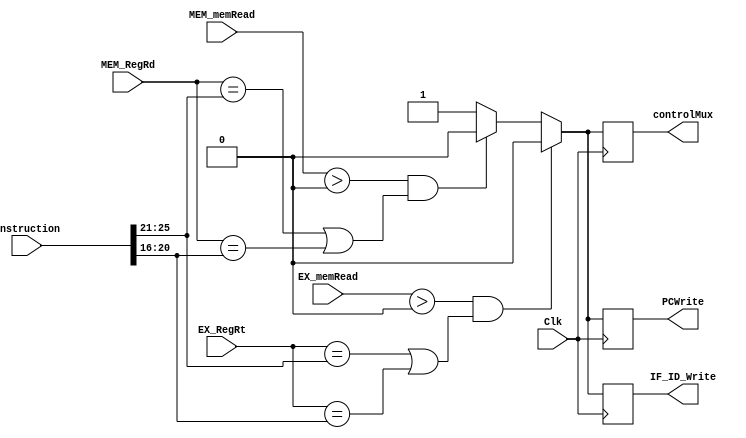
`timescale 1ns / 1ps
//////////////////////////////////////////////////////////////////////////////////
// Company: 
// Engineer: 
// 
// Design Name: 
// Module Name: Hazard
// Project Name: 
// Target Devices: 
// Tool Versions: 
// Description: 
// 
// Dependencies: 
// 
// Revision:
// Revision 0.01 - File Created
// Additional Comments:
// 
//////////////////////////////////////////////////////////////////////////////////


module Hazard(Clk, Instruction, EX_memRead, MEM_memRead, PCWrite, EX_RegRt, MEM_RegRd, IF_ID_Write, controlMux);
    input [31:0] Instruction;
    input [4:0] EX_RegRt, MEM_RegRd;
    input [1:0] EX_memRead, MEM_memRead;
    input Clk;
    
    output reg PCWrite, IF_ID_Write, controlMux;
 
    always @ (negedge Clk) begin
        if(EX_memRead > 0 && (EX_RegRt == Instruction[25:21] || EX_RegRt == Instruction[20:16])) begin
            PCWrite <= 0;
            IF_ID_Write <= 0;
            controlMux <= 0;
        end
        else if(MEM_memRead > 0 && (MEM_RegRd == Instruction[25:21] || MEM_RegRd == Instruction[20:16])) begin
              PCWrite <= 0;
              IF_ID_Write <= 0;
              controlMux <= 0;
         end
         else begin
             PCWrite <= 1;
             IF_ID_Write <= 1;
             controlMux <= 1;
         end     
      
    end
endmodule